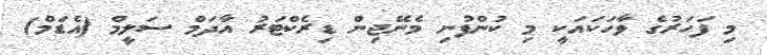
މި ފަހަރުގެ ވާހަކައަކީ މި ކުންފުނި މެނޭޖިން ޑިރެކްޓަރު އާދަމް ސަލީމް (އެޑަމް)